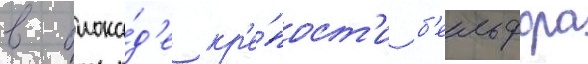
в блока́д'е кр'е́пост'и б'ельфора